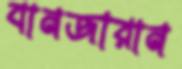
বানজারান